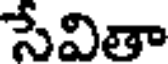
సేవితా